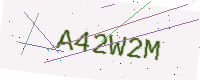
Text: A42W2M